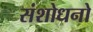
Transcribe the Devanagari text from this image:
संशोधनो